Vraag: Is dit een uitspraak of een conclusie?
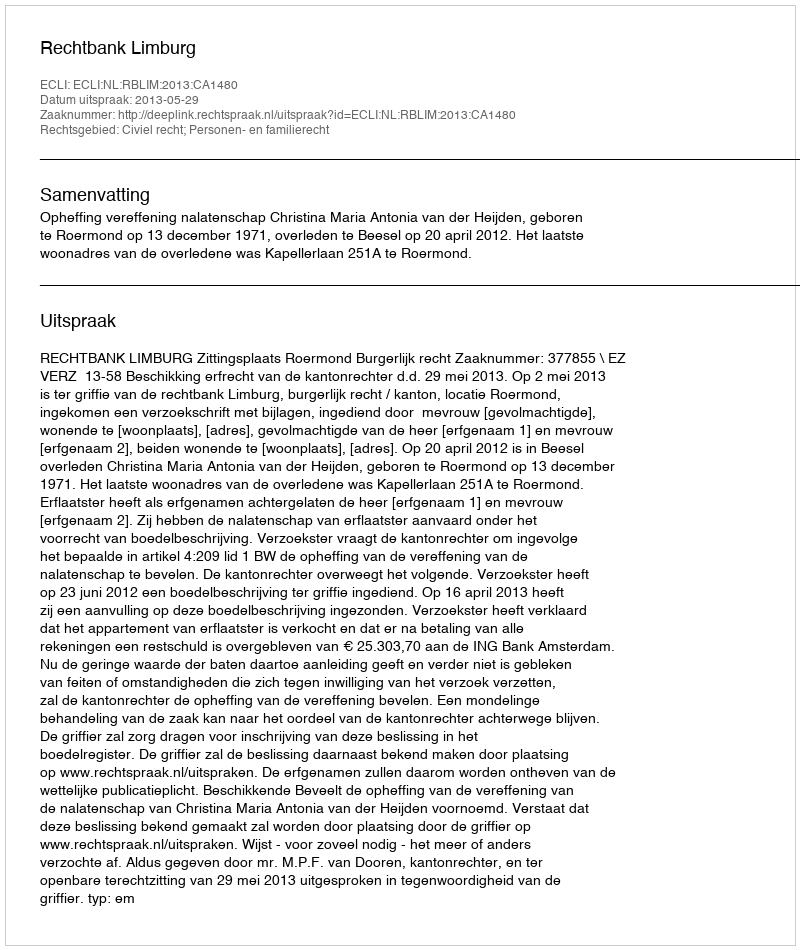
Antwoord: Uitspraak